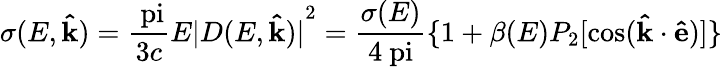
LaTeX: \sigma(E,\mathbf{\hat{k}})=\frac{\mathrm{\ pi}}{3c}E{|D(E,\mathbf{\hat{k}})|}^{2}=\frac{\sigma(E)}{4\mathrm{\ pi}}\{ 1+\beta(E)P_{2}[{\cos}(\mathbf{\hat{k}\cdot\hat{e}})]\}